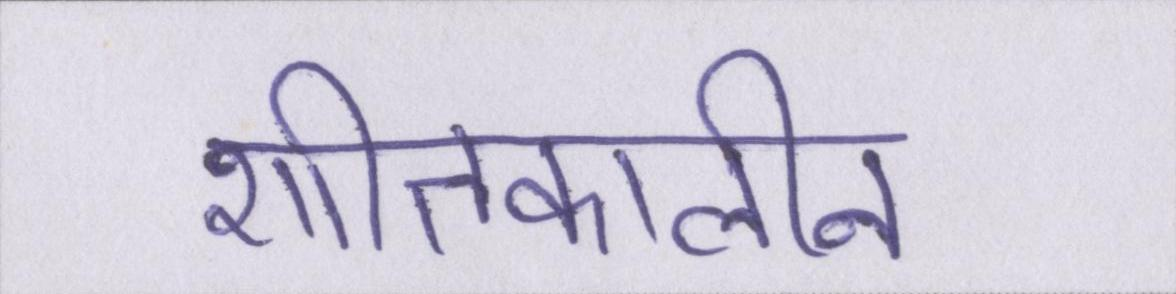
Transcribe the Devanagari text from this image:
शीतकालीन